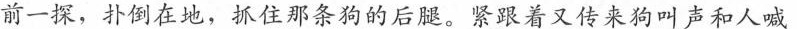
前一探，扑倒在地，抓住那条狗的后腿。紧跟着又传来狗叫声和人喊